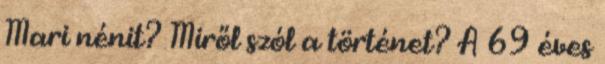
Mari nénit? Miről szól a történet? A 69 éves